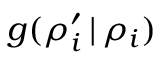
g ( \rho _ { i } ^ { \prime } \, | \, \rho _ { i } )